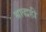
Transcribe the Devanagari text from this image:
श्राद्धही